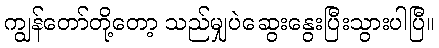
ကျွန်တော်တို့တော့ သည်မျှပဲဆွေးနွေးပြီးသွားပါပြီ။